Lunatic asylums Punjab 1911-1921 - 1911-1921
Year: 1911
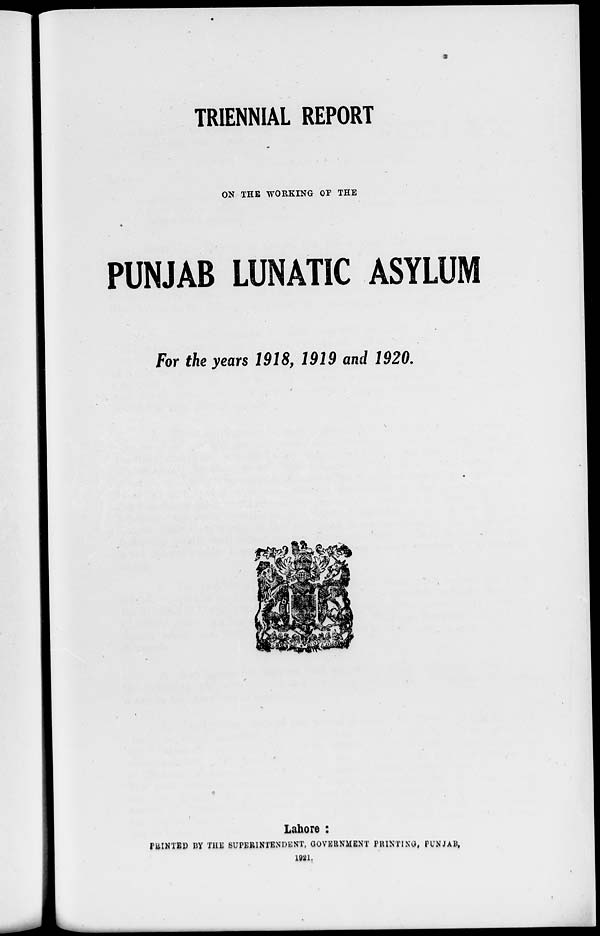
TRIENNIAL REPORT
ON THE WORKING OF THE
PUNJAB LUNATIC ASYLUM
For the years 1918, 1919 and 1920.
Lahore :
PRINTED BY THE SUPERINTENDENT, GOVERNMENT PRINTING, PUNJAB,
1921.